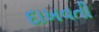
દાખવતી